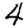
Digit: 4